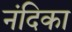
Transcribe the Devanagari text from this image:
नंदिका